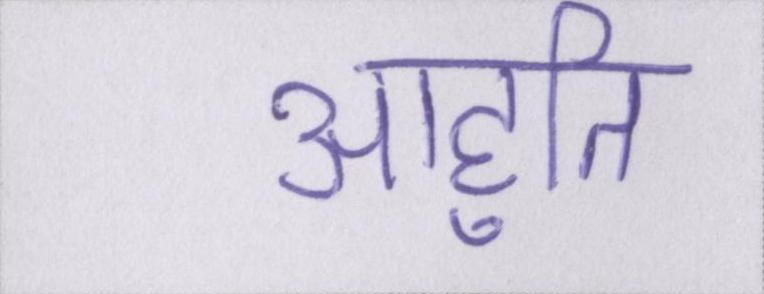
आहुति